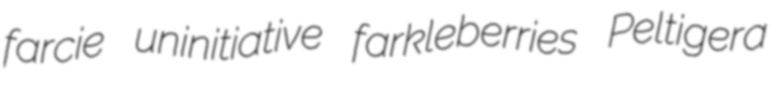
farcie uninitiative farkleberries Peltigera